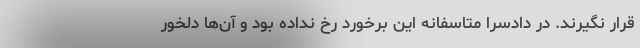
قرار نگیرند. در دادسرا متاسفانه این برخورد رخ نداده بود و آن‌ها دلخور